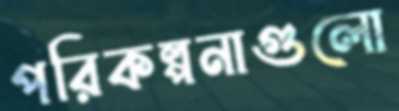
পরিকল্পনাগুলো